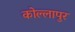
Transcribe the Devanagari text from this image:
कोल्लापुर